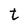
Character: t